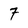
Character: 7